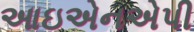
આઇએનએપી